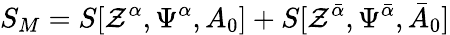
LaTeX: S_{M}=S[\mathcal{Z}^{\alpha},\Psi^{\alpha},A_{0}]+S[\mathcal{Z}^{{\bar{{\alpha}}}},\Psi^{{\bar{{\alpha}}}},{\bar{{A}}}_{0}]